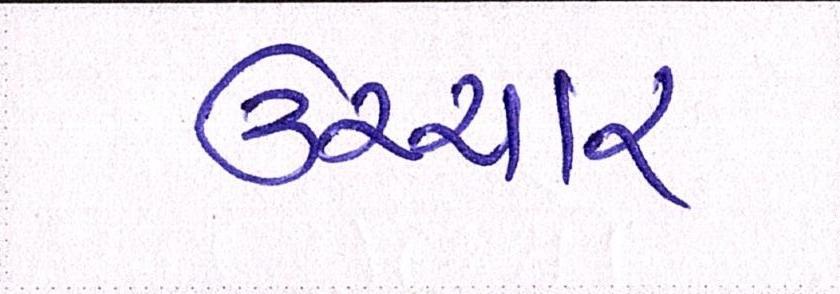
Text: ઉચ્ચાર